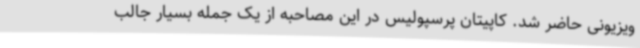
ویزیونی حاضر شد. کاپیتان پرسپولیس در این مصاحبه از یک جمله بسیار جالب